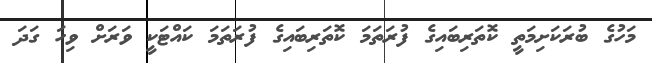
މަހުގެ ބުރަކަށިމަތީ ކޮތަރިބައިގެ ފުރަތަމަ ކޮތަރިބައިގެ ފުރަތަމަ ކައްޓަކީ ވަރަށް ވިހަ ގަދަ